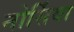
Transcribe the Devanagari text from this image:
नोर्सिया